Lunatic asylums Madras 1892-1911 - 1892-1911
Year: 1892
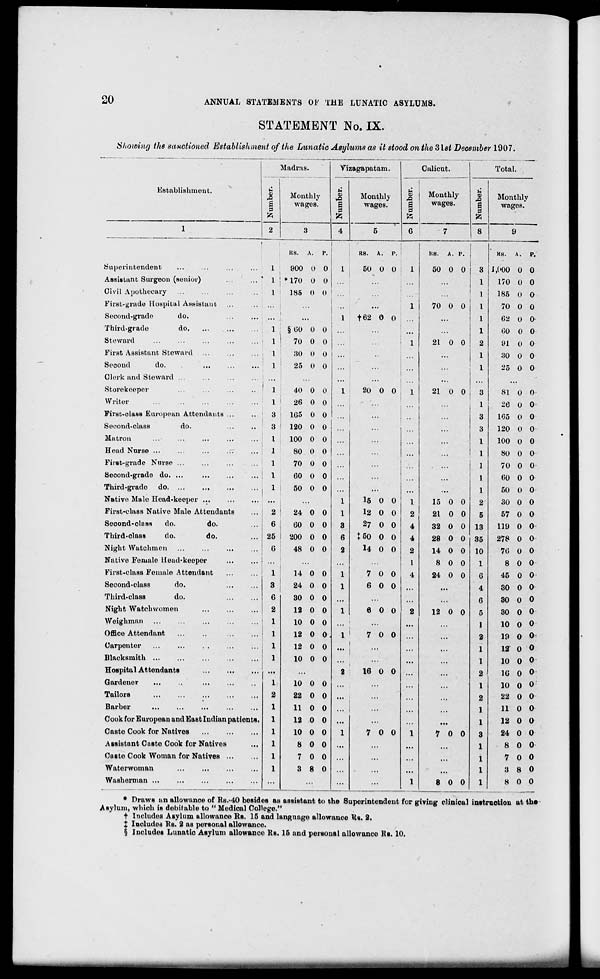
20
ANNUAL STATEMENTS OF THE LUNATIC ASYLUMS.
STATEMENT No. IX.
Showing the sanctioned Establishment of the Lunatic Asylums as it stood on the 3lst December 1907.
■
5
9
s
P
2
ladras.
Monthly
wages.
Viz agapatam.
Calicut.
Total.
Establishment.
ti
s
Monthly
wages.
1
1 i
s :
9 :
* i
6
Monthly
wages.
u
9
%
Monthly
wages.
1
3
4
5
7
8
9
i
KS.
A.
P.
KS. A.
1
p. '
1
KS. A. P. |
KS. A. P.
Superintendent
...
...
...
...
1
900 U 0
1
50 0 0 ; 1
50 0 0
3 i,('00 0 0
Assistant Surgeon (senior)
..,
..." 1 j * 170 O 0
...
...
1
170 0 0
Civil Apothecary ...
...
...
...
1 < 185 (» 0
1
186 0 0
First-grade Hospital Assistant ...
...
...
1
70 0 0
1
70 0 0
Second-grade
do.
...
...
1
f62 0 0 ...
...
1
62 (J 0
Third-grade
do
1
§ 00 0 0 ...
...
""
...
1
(50 0 0
Steward
...
...
...
...
... ' 1 1
70 0 0
1
21 0 0
2
91 0 0
First Assistant Steward ...
...
... , 1
30 0 O ...
• •
...
1
30 0 0
1
Second
do.
...
1
25 0 0
...
...
1
'2b 0 0
Clerk and Steward ...
...
...
...
...
...
...
Storekeeper
...
...
...
...
1
40 0 0
1
20 0 0 . 1
21 0 0
3
81 0 0
Writer
1 1
26 0 0
...
1
26 0 0
First-class European Attendants ...
...
3
1G5 0 0 ...
...
3
1G5 0 0
Second-class
do.
3
120 0 0
...
3
120 0 0
Matron
...
...
...
I
100 0 0
...
1
100 0 0
Head Nurse ...
1
80 O 0
1
80 0 0
First-grade Nurse ...
...
...
1
70 0 0
1
70 0 0
Second-grade do. ...
...
...
...
1
60 0 0 ...
...
...
1
60 0 0
Third-grade do
1
50 0 0 ...
...
...
...
1
50 V 0
Native Male Head-keeper ...
...
...
1
15 0 0
1
15 0 0
2
30 0 0
First-class Native Male Attendants
2
24 0 0
1
12 0 0
2
21 0 0
5
57 0 0
Seoond-olass
do.
do.
6
60 0 0
3
27 0 0
4
32 0 0 13
119 0 0
Third-olass
do.
do.
25
200 0 0
6
t50 0 0
4
28 0 0 35
278 0 0
Night Watchmen
G
48 0 0
2
14 0 0
2
14 0 0 10
7G 0 0
Native Ferualo llead-keepor
1
8 0 0
1
8 0 0
First-class Female Attendant
1
14 0 0
1
7 0 0
4
24 0 0
6
45 0 0
Second-class
do.
3
24 0 0
1
6 0 0
...
4
30 0 0
Third-class
do.
6
30 0 0 ...
...
6
30 0 0
Night Watch women
2
12 0 0
1
6 0 0
2
12 0 0
5
30 0 0
Weighman
1
10 0 0 ...
...
...
...
1
10 0 0
Office Attendant
1
12 0 0
1
7 0 0
...
2
19 0 0
Carpenter
1
12 0 0 ... 1
1
...
...
1
12- 0 0
Blacksmith
1
10 0 0
...
...
1
10 0 0
Hospital Attendants
...
...
2
16 0 0 ...
...
2
16 0 <>
Gardener
1
10 0 0 . ■■
...
...
1
10 0 0
Tailors
2
22 0 0 ...
...
2
22 0 0
Barber
1
11 0 0
...
...
1
11 0 0
Cook for European and East Indian patients.
1
12 0 0 ...
...
1
12 0 0
Caste Cook for Natives
1
10 0 0
1
7 0 0
1
7 0 0
3
24 0 0
Assistant Caste Cook for Natives
1
8 0 0 ...
...
...
...
1
8 0 0
Caste Cook Woman for Natives ...
1
7 0 0 ...
...
...
...
1
7 0 0
Watorwoman
1
3 8 0 ...
...
...
...
1
3 8 0
Washerman ...
...
...
...
...
1
8 0 0
1
8 0 0
* Draws an allowance of Rs.«40 besides as assistant to the Superintendent for giving clinical instruction at the
Asylum, which is debitable to " Medical College."
f Includes Asylum allowance Rs. 15 and language allowance Us. 2.
X Includes Rs. 2 as personal allowance.
§ Inoludes Lunatic Asylum allowance Rs. 15 and personal allowance Rs. 10.